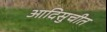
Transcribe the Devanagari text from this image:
आदिसुचीत